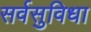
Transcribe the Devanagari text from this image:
सर्वसुविधा